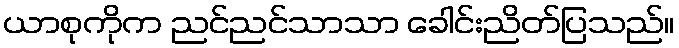
ယာစုကိုက ညင်ညင်သာသာ ခေါင်းညိတ်ပြသည်။